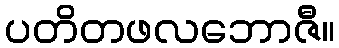
ပတိတဖလဘောဇီ။